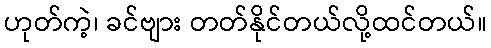
ဟုတ်ကဲ့၊ ခင်ဗျား တတ်နိုင်တယ်လို့ထင်တယ်။